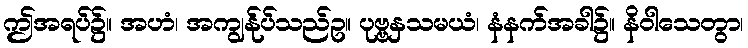
ဤအရပ်၌။ အဟံ၊ အကျွန်ုပ်သည်ဥ။ ပုဗ္ဗနှသမယံ၊ နံနက်အခါ၌။ နိဝါသေတွာ၊